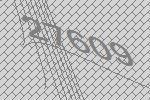
27609